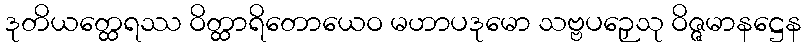
ဒုတိယတ္ထေရဿ ဝိတ္ထာရိတောယေဝ မဟာပဒုမော သဗ္ဗပဉှေသု ဝိဇ္ဇမာနဋ္ဌေန